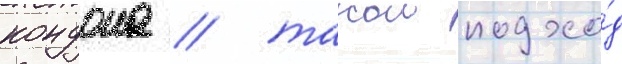
кондона / такои подхо́д